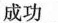
成功